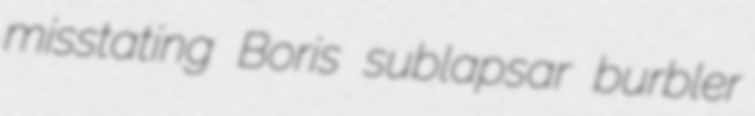
misstating Boris sublapsar burbler